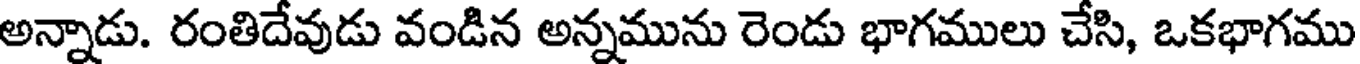
అన్నాడు. రంతిదేవుడు వండిన అన్నమును రెండు భాగములు చేసి, ఒకభాగము